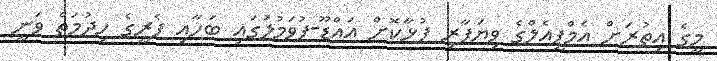
މީގެ އިތުރަށް އެމްޕީއެލްގެ ވިޔަފާރި ފުޅާކޮށް އައްޑޫ-ފުވަމުލަުގައި ބަހާއި ފެރީގެ ހިދުމަތް ވަނީ